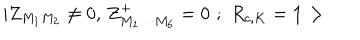
| Z _ { M _ { 1 } M _ { 2 } } \neq 0 , \, Z _ { M _ { 1 } \cdots M _ { 6 } } ^ { + } = 0 \, \, ; \, \, R _ { c , K } = { \bf 1 > }